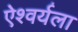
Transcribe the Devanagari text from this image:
ऐश्वर्यला